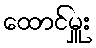
ထောင်မှူး